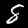
Label: 8